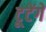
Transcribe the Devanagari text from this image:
टूटेंगे